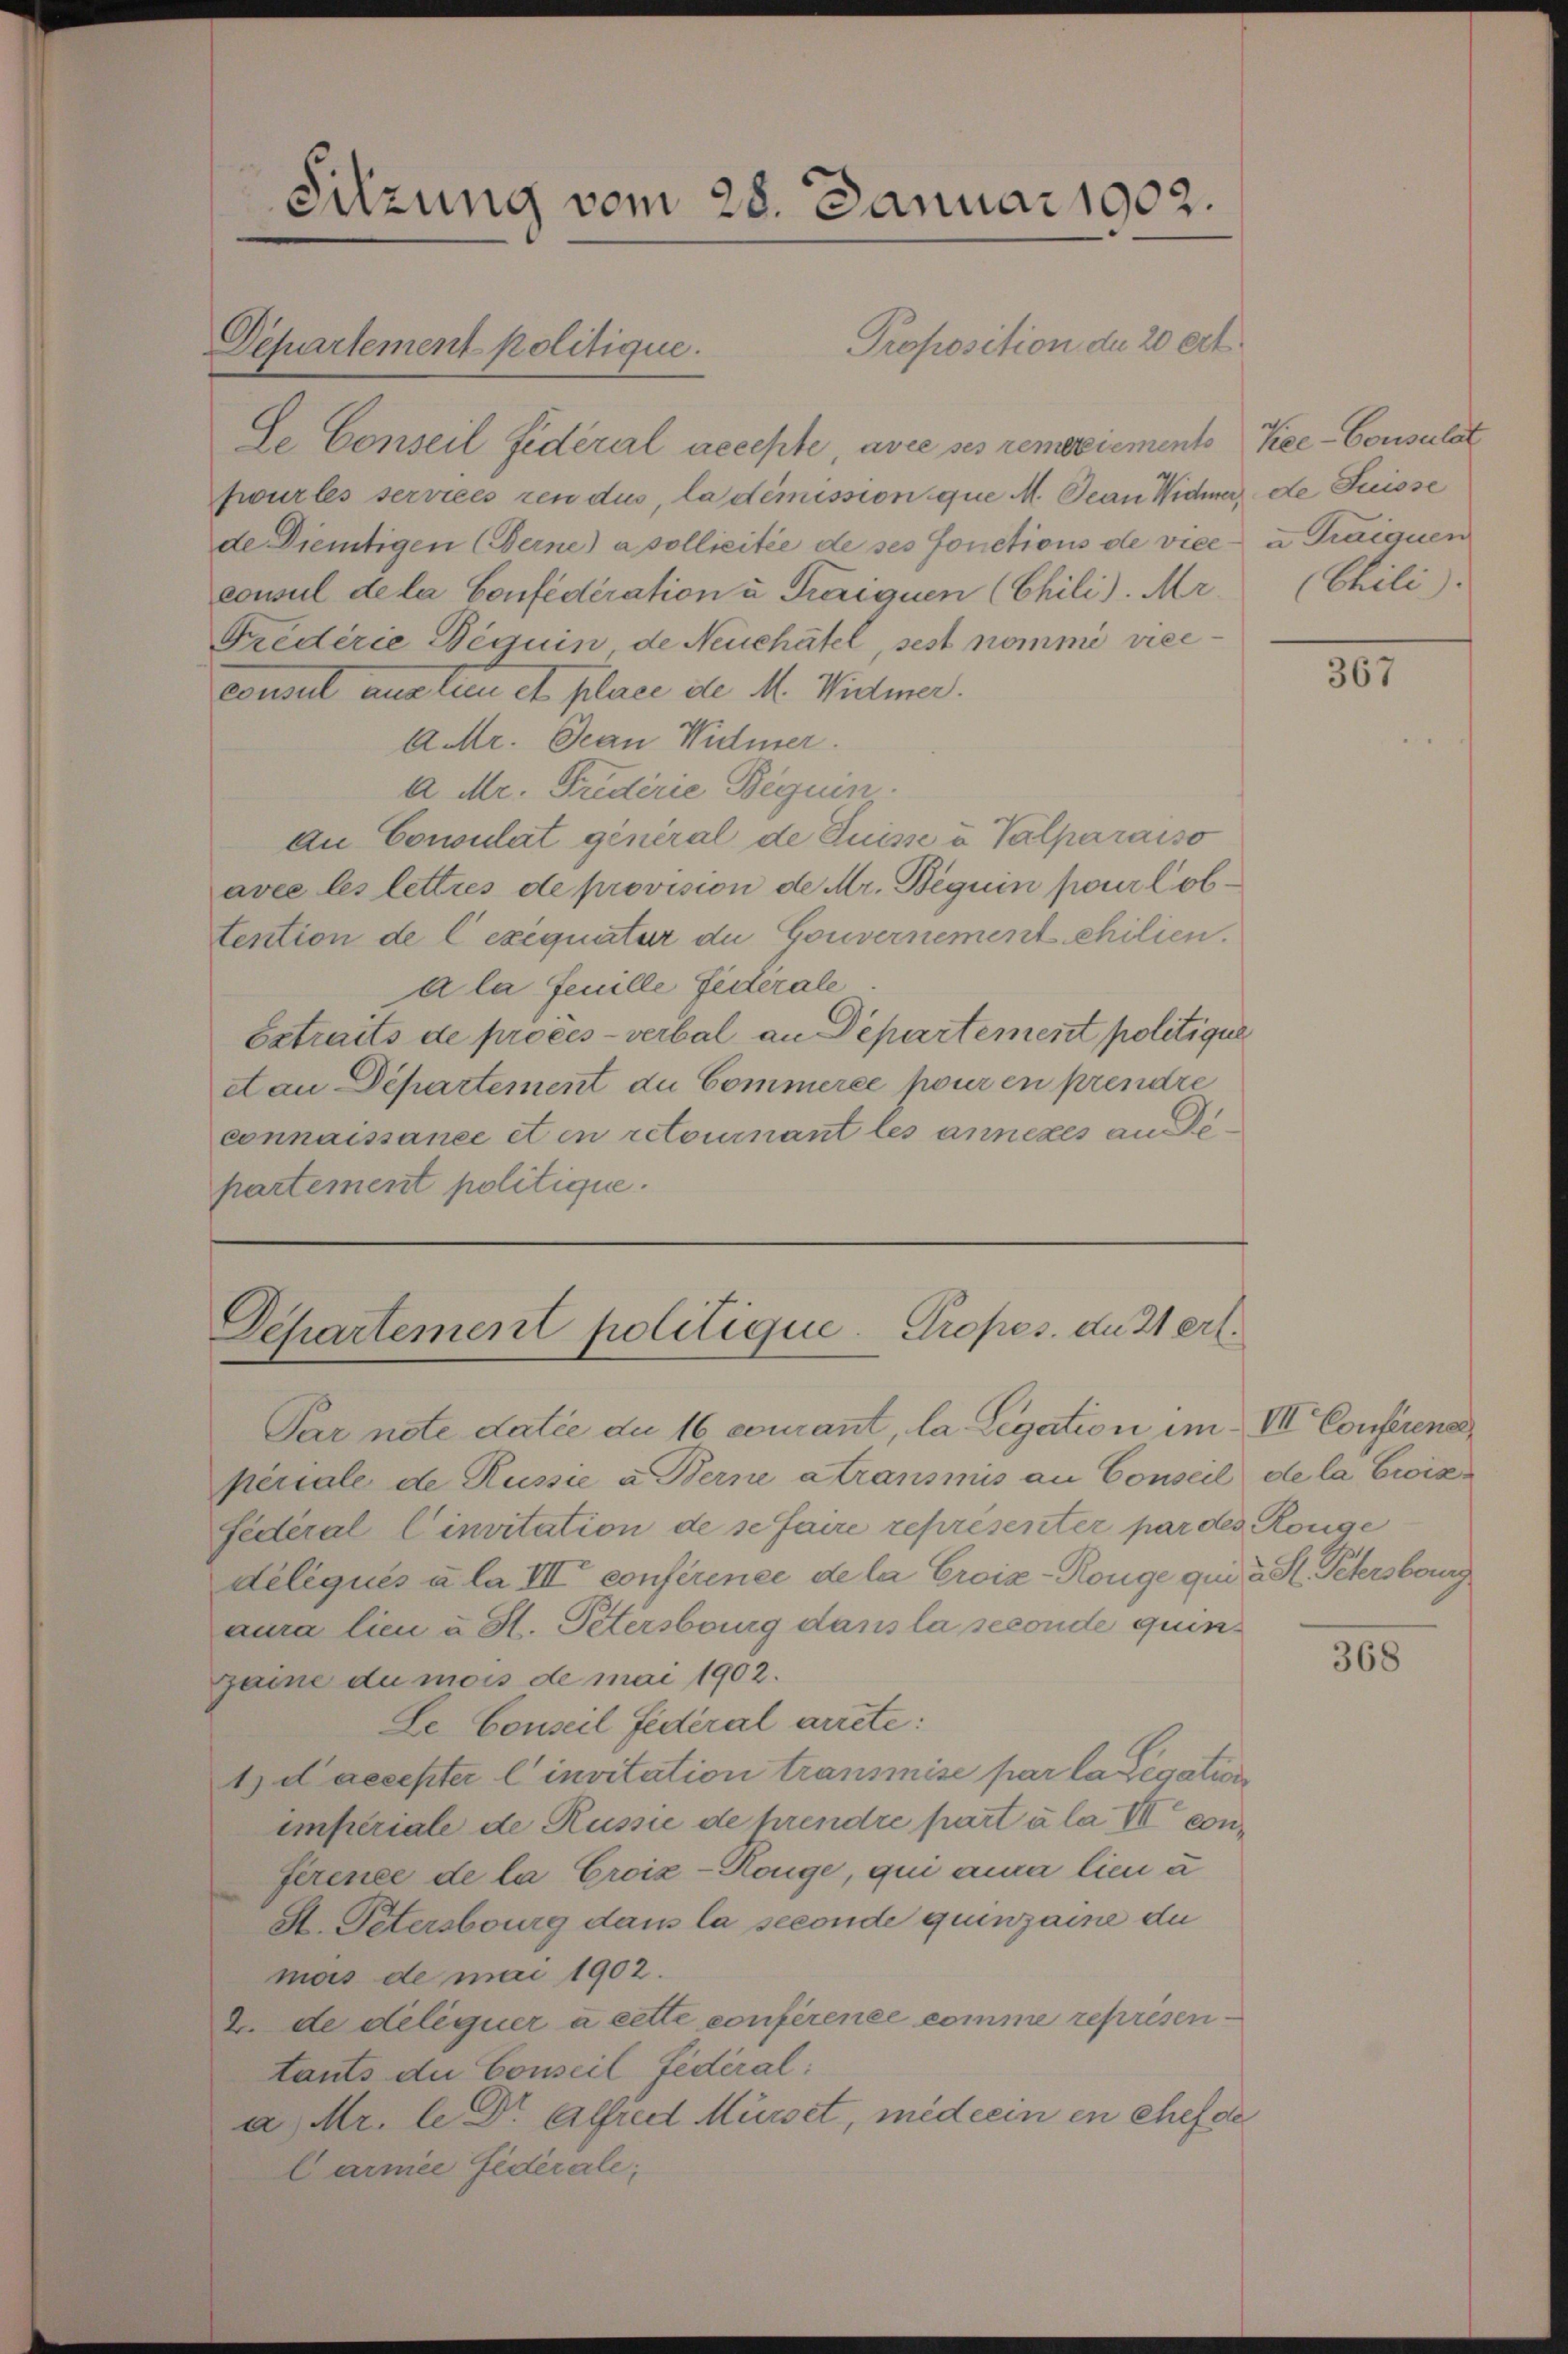
Sitzung vom 28. Januar 1902.

Departement politique.

Proposition de 20 ert
Se Conseil fédéral accepte, avre ses remoriements Vice-Consulat
fwur les services rendus, la dimission que M. Jean Wider de Suisse
de Dientigen (Berne) a sollicitée de ses fonctions de vice u Traiquen
consul de la Confederation u Freiguen (Chili). Ar (Chili
Frederie Beguin de Neuchâtel, sest nomme viceconsul aus tun et place de M. Widmer.
A.r. Jean Widmer.
A Mr. Friderie Beguin
An Consulat general de Suisse u Valparaiso
avec les lettres de provision de Mr. Beguin pour lobtention de l exequatur du Gouvernement chilien.
ala feuille Federale
Extraits de procès-verbal an Departement politique
can Departement du Commerce pour en prendre
connaissance et en retournant les annexes an
partement politique.

Departement politique. Propos. di 21 erl.

Par note datie du 16 courant, la Legation im VII Conferener
periale de Russie a. Berne atransmis an Conseil de la Creizfédéral Cinvitation de se faire représenter par des Konge
déléqués à la III conferinee de la Croix-Kouge qui a St. Petersburg,
aura lieu u St. Petersburg dans la seconde quingaine du mois de mai 1902.
Le Conseil Federal arrete:
t d’accepter l’invitation transmise par la Legation
imperiale de Rüsse de prendre part à la VII conférence de la Croiz-Konge, qui ana lieu à
A. Petersburg dans la seconde quinzaine du
mas de mai 1902.
2. de deliquer à cette conférence comme représentants du Conseil fédéral;
a. Mr. le Dr. Alfred Mürset, med ein en chef de
Carmee Federale;

367

368